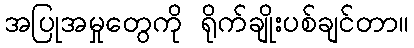
အပြုအမှုတွေကို ရိုက်ချိုးပစ်ချင်တာ။